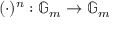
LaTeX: ( \cdot ) ^ { n } : \mathbb { G } _ { m } \to \mathbb { G } _ { m }